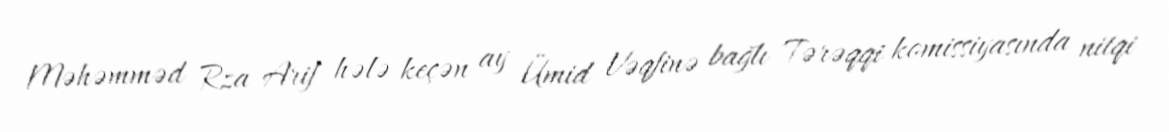
Məhəmməd Rza Arif hələ keçən ay Ümid Vəqfinə bağlı Tərəqqi komissiyasında nitqi